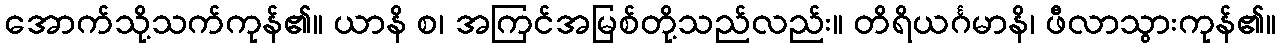
အောက်သို့သက်ကုန်၏။ ယာနိ စ၊ အကြင်အမြစ်တို့သည်လည်း။ တိရိယင်္ဂမာနိ၊ ဖီလာသွားကုန်၏။